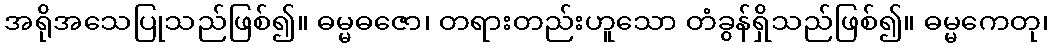
အရိုအသေပြုသည်ဖြစ်၍။ ဓမ္မဓဇော၊ တရားတည်းဟူသော တံခွန်ရှိသည်ဖြစ်၍။ ဓမ္မကေတု၊